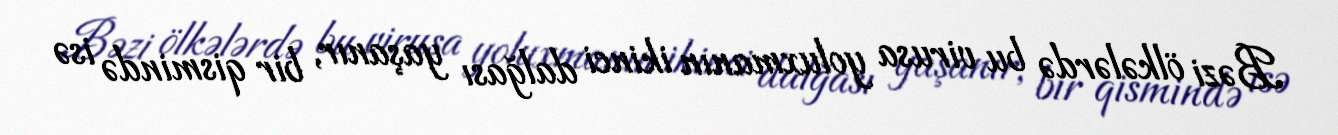
Bəzi ölkələrdə bu virusa yoluxmanın ikinci dalğası yaşanır, bir qismində isə